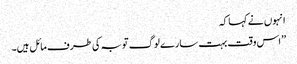
انہوں نے کہا کہ
’’اس وقت بہت سارے لوگ توبہ کی طرف مائل ہیں۔